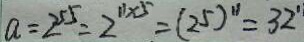
a = 2 ^ { 5 5 } = 2 ^ { 1 1 \times 5 } = ( 2 5 ) ^ { 1 1 } = 3 2 ^ { 2 }